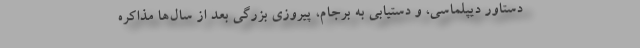
دستاور دیپلماسی، و دستیابی به برجام، پیروزی بزرگی بعد از سال‌ها مذاکره